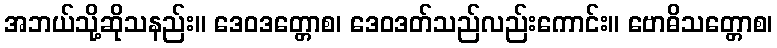
အဘယ်သို့ဆိုသနည်း။ ဒေဝဒတ္တောစ၊ ဒေဝဒတ်သည်လည်းကောင်း။ ဗောဓိသတ္တောစ၊